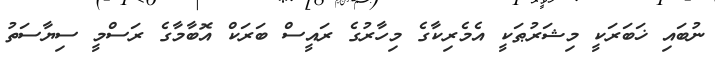
ނުބައި ޚަބަރަކީ މިޝަރުޠަކީ އެމެރިކާގެ މިހާރުގެ ރައީސް ބަރަކް އޮބާމާގެ ރަސްމީ ސިޔާސަތު